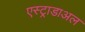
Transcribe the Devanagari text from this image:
एस्ट्राडाअल